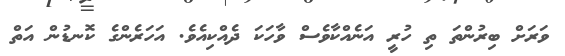
ވަރަށް ބިރުންތަ ތި ހުރީ އަނެއްކާވެސް ވާހަކަ ދެއްކިއެވެ. އަހަރެންގެ ކޮނޑުން އަތް